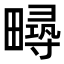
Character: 𤳚